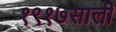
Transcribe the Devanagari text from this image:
१९१७साली